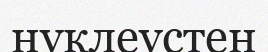
нуклеустен